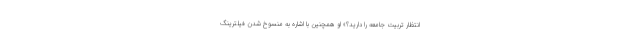
انتظار تربیت جامعه را دارید؟» او همچنین با اشاره به منسوخ شدن فیلترینگ